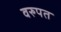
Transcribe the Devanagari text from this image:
वरुपत